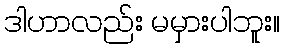
ဒါဟာလည်း မမှားပါဘူး။